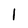
Character: 1